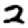
Digit: 2